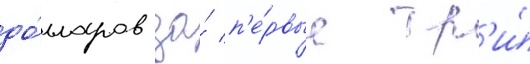
до́лларов за́ п'е́рвые тр'и́